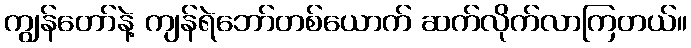
ကျွန်တော်နဲ့ ကျန်ရဲဘော်တစ်ယောက် ဆက်လိုက်လာကြတယ်။